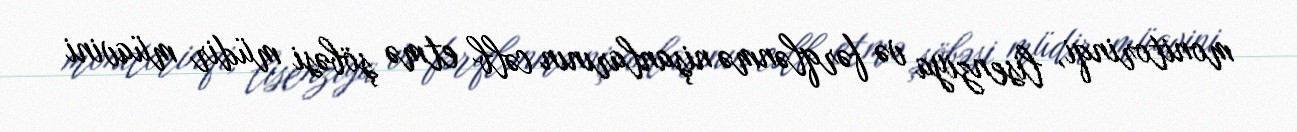
monitorinqi, lisenziya və fərqlənmə nişanlarının cəlb etmə şöbəsi müdir müavini